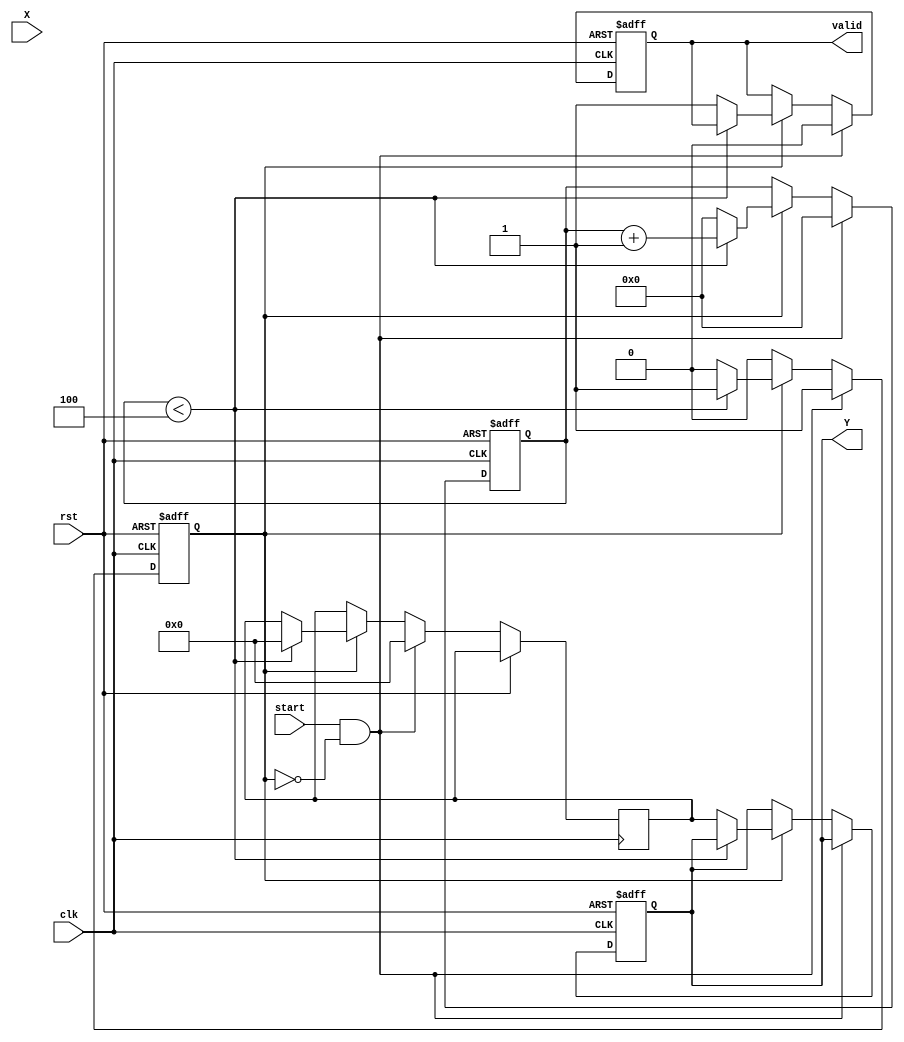
module FixedPointReciprocal #(parameter M = 16, // Number of bits for integer part
                              parameter N = 16, // Number of bits for fractional part
                              parameter ITERATIONS = 4) // Number of iterations for Newton-Raphson
(
    input wire clk,
    input wire rst,
    input wire start,
    input wire [M+N-1:0] X, // Input fixed-point value
    output reg valid,
    output reg [M+N-1:0] Y // Output fixed-point reciprocal
);

    reg [M+N-1:0] X_reg; // Register for input value
    reg [M+N-1:0] approx; // Approximation of the reciprocal
    reg [4:0] count; // Iteration counter
    reg in_progress; // Flag to indicate computation in progress

    // Validity and initialization handling
    always @(posedge clk or posedge rst) begin
        if (rst) begin
            valid <= 0;
            Y <= 0;
            count <= 0;
            in_progress <= 0;
        end else if (start && !in_progress) begin
            X_reg <= X;
            approx <= (1 << (M + N)); // Initial approx: 2^(m+n)
            count <= 0;
            in_progress <= 1;
            valid <= 0;
        end else if (in_progress) begin
            if (count < ITERATIONS) begin
                // Newton-Raphson Iteration: approx = approx * (2 - approx * X)
                approx <= approx * ((1 << (M + N)) - X_reg * approx) >> (M + N);
                count <= count + 1;
            end else begin
                Y <= approx;
                valid <= 1;
                in_progress <= 0;
                count <= 0;
            end
        end
    end
    
endmodule